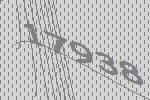
17938